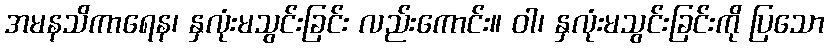
အမနသိကာရေန၊ နှလုံးမသွင်းခြင်း လည်းကောင်း။ ဝါ၊ နှလုံးမသွင်းခြင်းကို ပြသော